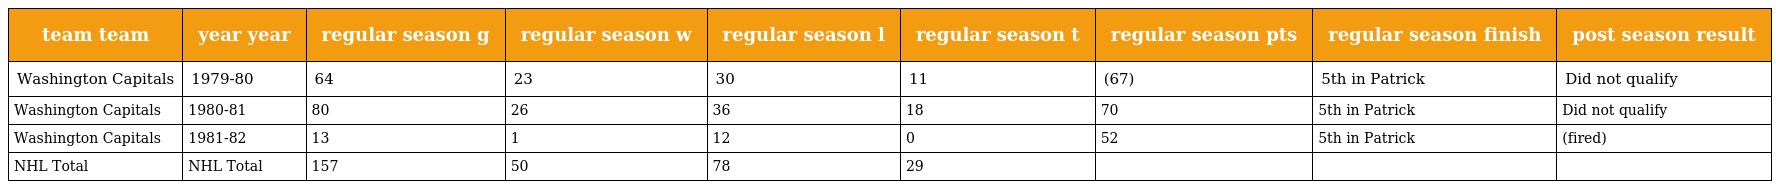
| team team | year year | regular season g | regular season w | regular season l | regular season t | regular season pts | regular season finish | post season result |
 | --- | --- | --- | --- | --- | --- | --- | --- | --- |
 | Washington Capitals | 1979-80 | 64 | 23 | 30 | 11 | (67) | 5th in Patrick | Did not qualify |
 | Washington Capitals | 1980-81 | 80 | 26 | 36 | 18 | 70 | 5th in Patrick | Did not qualify |
 | Washington Capitals | 1981-82 | 13 | 1 | 12 | 0 | 52 | 5th in Patrick | (fired) |
 | NHL Total | NHL Total | 157 | 50 | 78 | 29 |  |  |  |